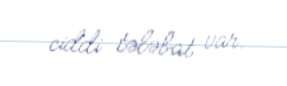
ciddi tələbat var.